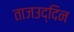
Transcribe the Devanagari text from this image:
ताजउद्दिन